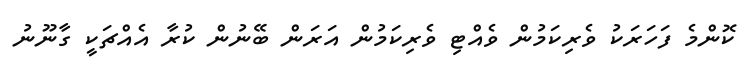
ކޮންމެ ފަހަރަކު ވެރިކަމުން ވެއްޓި ވެރިކަމުން އަރަން ބޭނުން ކުރާ އެއްޗަކީ ގާނޫނު